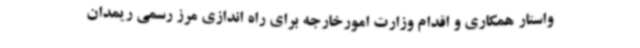
واستار همکاری و اقدام وزارت امورخارجه برای راه اندازی مرز رسمی ریمدان